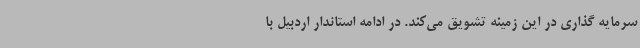
سرمایه گذاری در این زمینه تشویق می‌کند. در ادامه استاندار اردبیل با